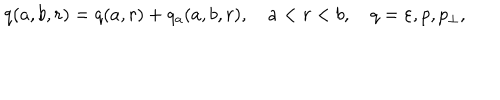
LaTeX: q ( a , b , r ) = q ( a , r ) + q _ { a } ( a , b , r ) , \quad a < r < b , \quad q = \varepsilon , p , p _ { \perp } ,